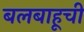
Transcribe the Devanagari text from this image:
बलबाहूची